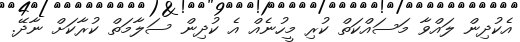
އެކުދިން ލައްވާ މަސައްކަތް ކުރި މީހުނެއް އެ ކުދިން ސަލާމަތް ކުރާކަށް ނާދޭ.